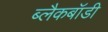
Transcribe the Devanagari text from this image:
ब्लैकबॉडी